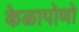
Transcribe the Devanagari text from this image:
केळापोणो